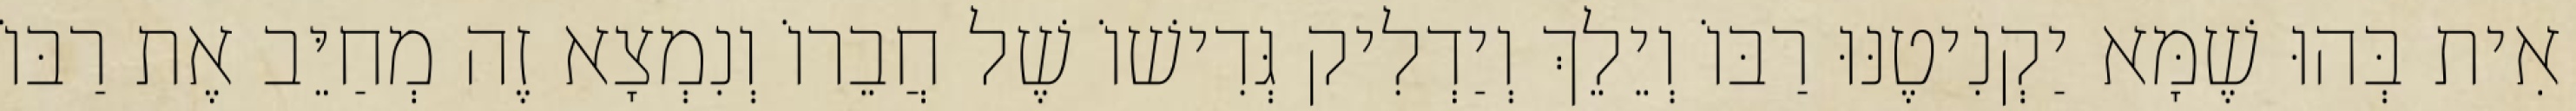
אִית בְּהוּ שֶׁמָּא יַקְנִיטֶנּוּ רַבּוֹ וְיֵלֵךְ וְיַדְלִיק גְּדִישׁוֹ שֶׁל חֲבֵרוֹ וְנִמְצָא זֶה מְחַיֵּב אֶת רַבּוֹ